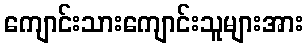
ကျောင်းသားကျောင်းသူများအား